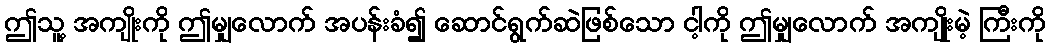
ဤသူ့ အကျိုးကို ဤမျှလောက် အပန်းခံ၍ ဆောင်ရွက်ဆဲဖြစ်သော ငါ့ကို ဤမျှလောက် အကျိုးမဲ့ ကြီးကို